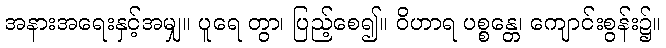
အနားအရေးနှင့်အမျှ။ ပူရေ တွာ၊ ပြည့်စေ၍။ ဝိဟာရ ပစ္စန္တေ၊ ကျောင်းစွန်း၌။